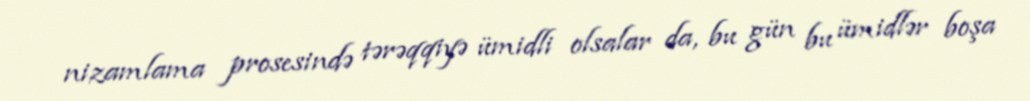
nizamlama prosesində tərəqqiyə ümidli olsalar da, bu gün bu ümidlər boşa